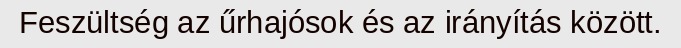
Feszültség az űrhajósok és az irányítás között.